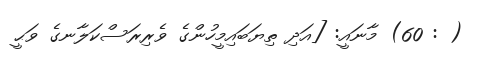
( : 60) މާނައީ: [އަދި ތިޔަބައިމީހުންގެ ވެރިރަސްކަލާނގެ ވަޙީ